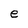
Character: e